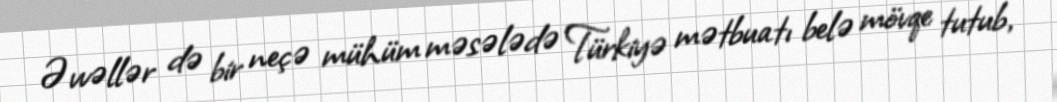
Əvvəllər də bir neçə mühüm məsələdə Türkiyə mətbuatı belə mövqe tutub,